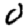
Digit: 0